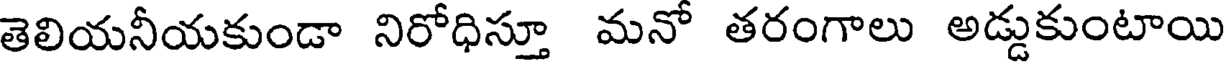
తెలియనీయకుండా నిరోధిస్తూ మనో తరంగాలు అడ్డుకుంటాయి